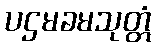
ပဌမခမသုတ္တံ